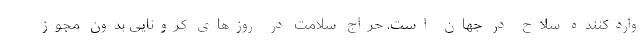
واردکننده سلاح در جهان است. حراج سلامت در روزهای کرونایی بدون مجوز